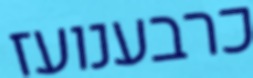
כרבענועז